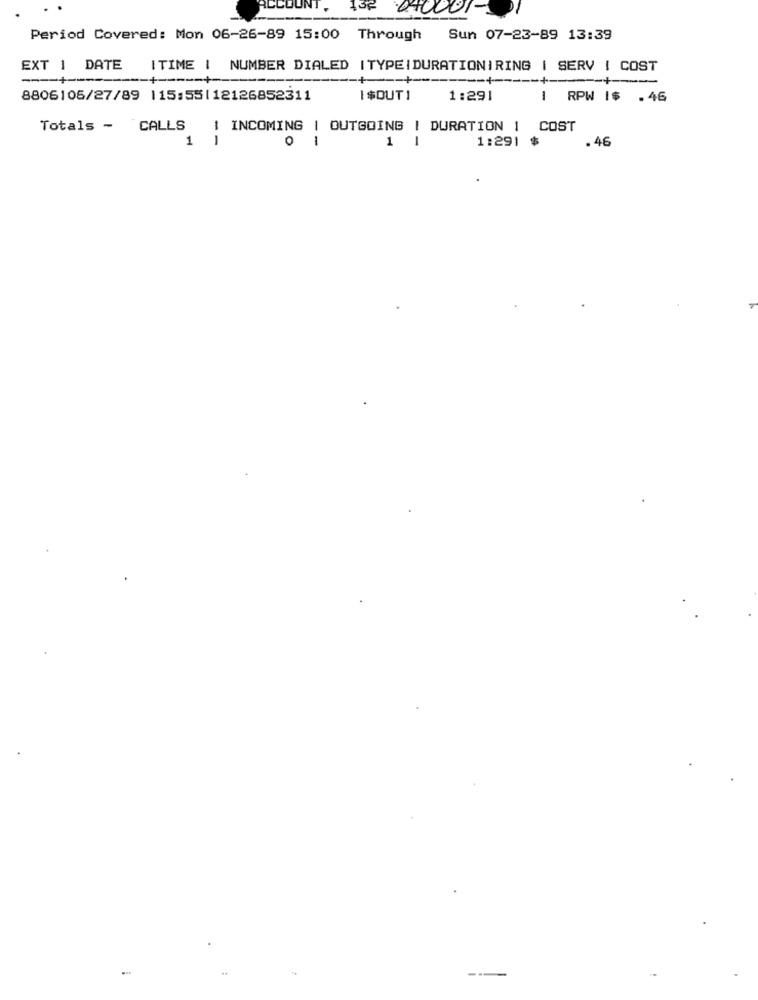
ACCOL
040001
Period Covered: Mon 06-26-89 15:00 Through Sun 07-23-89 13:39
EXT 1 DATE ITIME | NUMBER DIALED |TYPEIDURATIONIRING | SERV | COST
-+
-+-
-- + --
-- + ----- +-
8806105/27/89 115:55|12126852311
I $OUT1
1:291
RPW I$ .46
Totals - CALLS | INCOMING | OUTGOING | DURATION 1 COST
1
1
0
1
1
1
1:291 $
. 46